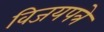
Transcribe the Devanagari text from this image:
विजयपत्रे